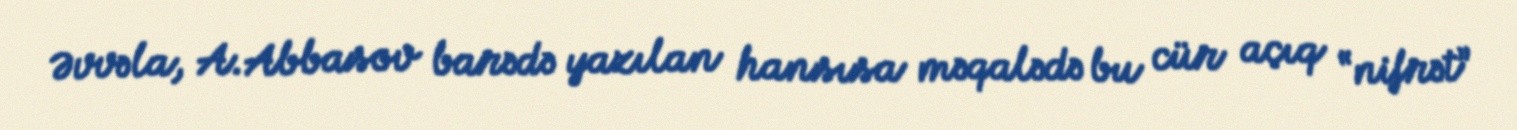
Əvvəla, A.Abbasov barədə yazılan hansısa məqalədə bu cür açıq “nifrət”